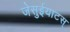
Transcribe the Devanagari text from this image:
जेसुईयाटस्